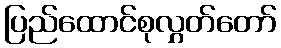
ပြည်ထောင်စုလွှတ်တော်